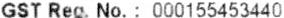
GST REG. NO. : 000155453440